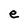
Character: e